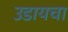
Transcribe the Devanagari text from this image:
उडायचा